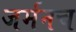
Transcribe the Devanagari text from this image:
जर्मनच